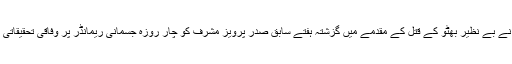
راولپنڈی کی انسداد دہشت گردی کی عدالت نے بے نظیر بھٹو کے قتل کے مقدمے میں گزشتہ ہفتے سابق صدر پرویز مشرف کو چار روزہ جسمانی ریمانڈر پر وفاقی تحقیقاتی ادارے ’ایف آئی اے‘ کے حوالے کر دیا تھا۔